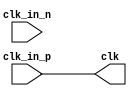
// ***************************************************************************
// ***************************************************************************
// Copyright 2014(c) Analog Devices, Inc.
//
// All rights reserved.
//
// Redistribution and use in source and binary forms, with or without modification,
// are permitted provided that the following conditions are met:
//     - Redistributions of source code must retain the above copyright
//       notice, this list of conditions and the following disclaimer.
//     - Redistributions in binary form must reproduce the above copyright
//       notice, this list of conditions and the following disclaimer in
//       the documentation and/or other materials provided with the
//       distribution.
//     - Neither the name of Analog Devices, Inc. nor the names of its
//       contributors may be used to endorse or promote products derived
//       from this software without specific prior written permission.
//     - The use of this software may or may not infringe the patent rights
//       of one or more patent holders.  This license does not release you
//       from the requirement that you obtain separate licenses from these
//       patent holders to use this software.
//     - Use of the software either in source or binary form, must be run
//       on or directly connected to an Analog Devices Inc. component.
//
// THIS SOFTWARE IS PROVIDED BY ANALOG DEVICES "AS IS" AND ANY EXPRESS OR IMPLIED WARRANTIES,
// INCLUDING, BUT NOT LIMITED TO, NON-INFRINGEMENT, MERCHANTABILITY AND FITNESS FOR A
// PARTICULAR PURPOSE ARE DISCLAIMED.
//
// IN NO EVENT SHALL ANALOG DEVICES BE LIABLE FOR ANY DIRECT, INDIRECT, INCIDENTAL, SPECIAL,
// EXEMPLARY, OR CONSEQUENTIAL DAMAGES (INCLUDING, BUT NOT LIMITED TO, INTELLECTUAL PROPERTY
// RIGHTS, PROCUREMENT OF SUBSTITUTE GOODS OR SERVICES; LOSS OF USE, DATA, OR PROFITS; OR
// BUSINESS INTERRUPTION) HOWEVER CAUSED AND ON ANY THEORY OF LIABILITY, WHETHER IN CONTRACT,
// STRICT LIABILITY, OR TORT (INCLUDING NEGLIGENCE OR OTHERWISE) ARISING IN ANY WAY OUT OF
// THE USE OF THIS SOFTWARE, EVEN IF ADVISED OF THE POSSIBILITY OF SUCH DAMAGE.
// ***************************************************************************
// ***************************************************************************
// ***************************************************************************
// ***************************************************************************

`timescale 1ns/100ps

module ad_lvds_clk (

  clk_in_p,
  clk_in_n,
  clk);

  parameter   BUFTYPE       = 0;
  localparam  SERIES7       = 0;
  localparam  VIRTEX6       = 1;

  input     clk_in_p;
  input     clk_in_n;
  output    clk;
  
  assign clk = clk_in_p;

endmodule

// ***************************************************************************
// ***************************************************************************